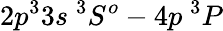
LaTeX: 2p^{3}3s~^{3}S^{o}-4p~^{3}P